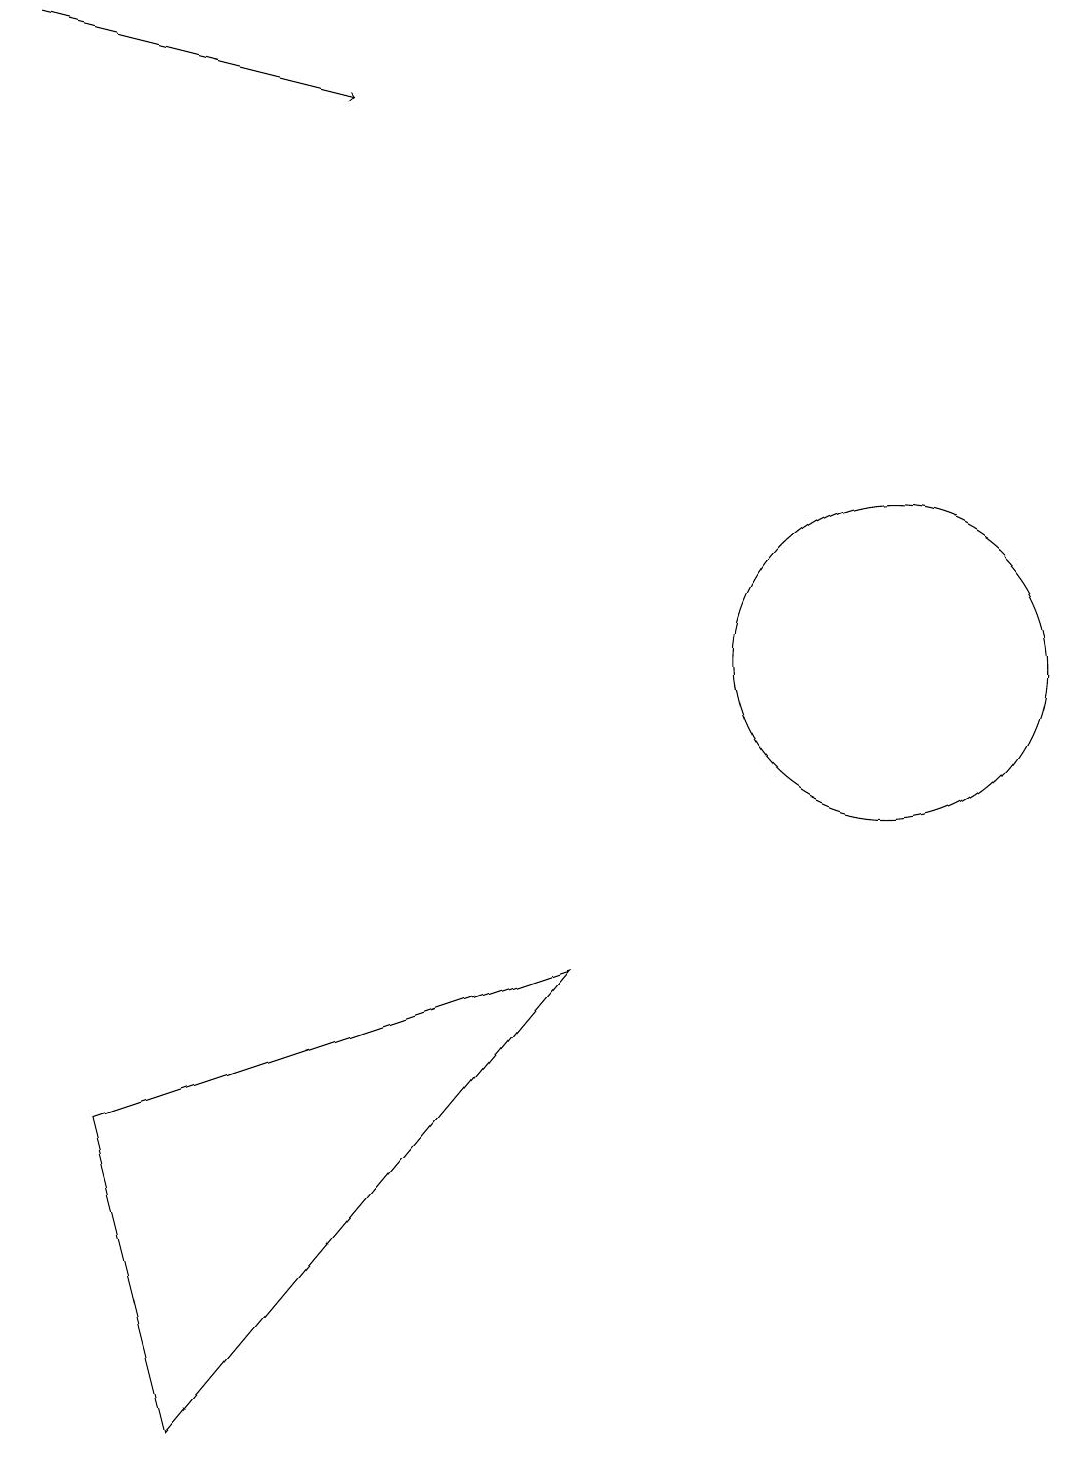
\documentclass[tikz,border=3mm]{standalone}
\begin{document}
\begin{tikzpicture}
\draw (11,10) circle (2);
\draw[->] (0,18) -- (4,17);
\draw (2,0) -- (1,4) -- (7,6) -- cycle;
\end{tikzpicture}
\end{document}